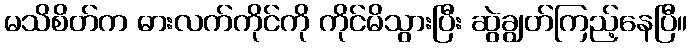
မသိစိတ်က ဓားလက်ကိုင်ကို ကိုင်မိသွားပြီး ဆွဲချွတ်ကြည့်နေပြီ။